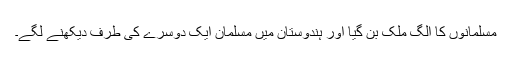
مسلمانوں کا الگ ملک بن گیا اور ہندوستان میں مسلمان ایک دوسرے کی طرف دیکھنے لگے۔